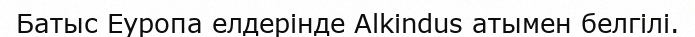
Батыс Еуропа елдерінде Alkindus атымен белгілі.